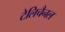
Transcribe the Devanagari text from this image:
टेलिचैनल